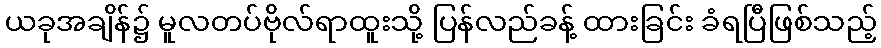
ယခုအချိန်၌ မူလတပ်ဗိုလ်ရာထူးသို့ ပြန်လည်ခန့် ထားခြင်း ခံရပြီဖြစ်သည့်